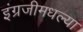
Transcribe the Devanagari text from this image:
इंग्रजीमधल्या